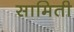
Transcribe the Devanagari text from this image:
सामिती